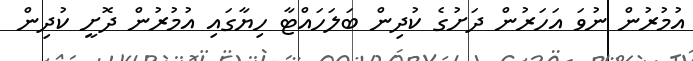
އުމުރުން ނުވަ އަހަރުން ދަށުގެ ކުދިން ބަލަހައްޓާ ހިޔާގައި އުމުރުން ދޮށީ ކުދިން